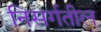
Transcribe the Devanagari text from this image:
निसर्गतील